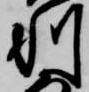
利